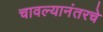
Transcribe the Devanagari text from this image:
चावल्यानंतरचे